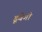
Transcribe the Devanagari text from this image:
डूबेगी